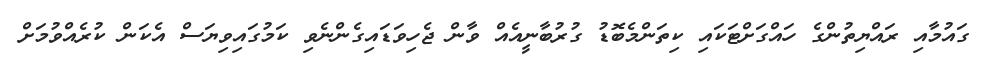
ގައުމާއި ރައްޔިތުންގެ ހައްގަށްޓަކައި ކިތަންމެބޮޑު ގުރުބާނީއެއް ވާން ޖެހިވަޑައިގެންނެވި ކަމުގައިވިޔަސް އެކަން ކުރެއްވުމަށް